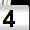
Digit: 4